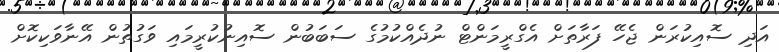
އަދި ސޮއިކުރަން ޖެހޭ ފަރާތަށް އެގްރީމަންޓް ނުދެއްކުމުގެ ސަބަބުން ސޮއިނުކުރީމައި ވަގުތުން އޭނާވަކިކޮށް